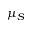
\mu _ { S }